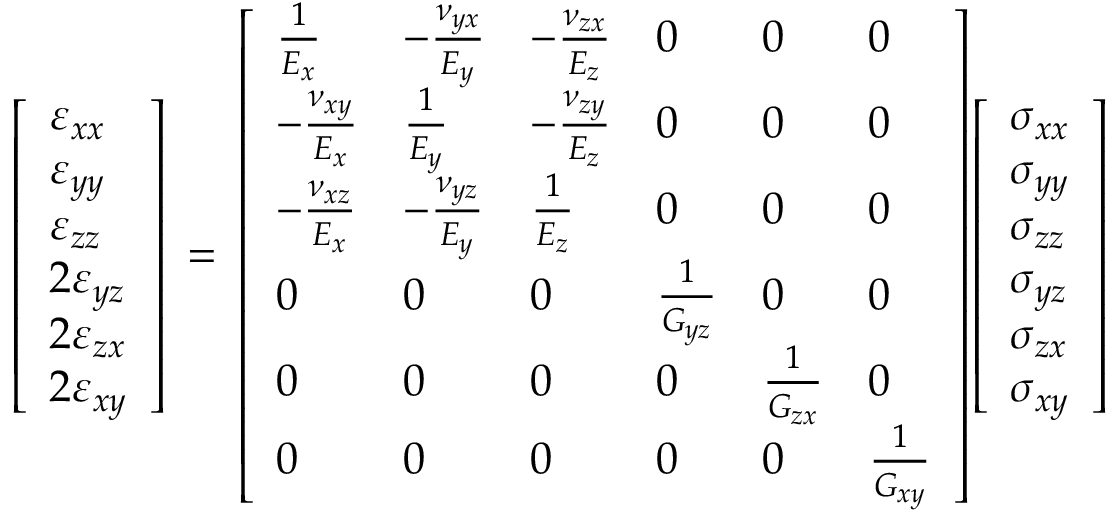
{ \left[ \begin{array} { l } { \varepsilon _ { x x } } \\ { \varepsilon _ { y y } } \\ { \varepsilon _ { z z } } \\ { 2 \varepsilon _ { y z } } \\ { 2 \varepsilon _ { z x } } \\ { 2 \varepsilon _ { x y } } \end{array} \right] } \, = \, { \left[ \begin{array} { l l l l l l } { { \frac { 1 } { E _ { x } } } } & { - { \frac { \nu _ { y x } } { E _ { y } } } } & { - { \frac { \nu _ { z x } } { E _ { z } } } } & { 0 } & { 0 } & { 0 } \\ { - { \frac { \nu _ { x y } } { E _ { x } } } } & { { \frac { 1 } { E _ { y } } } } & { - { \frac { \nu _ { z y } } { E _ { z } } } } & { 0 } & { 0 } & { 0 } \\ { - { \frac { \nu _ { x z } } { E _ { x } } } } & { - { \frac { \nu _ { y z } } { E _ { y } } } } & { { \frac { 1 } { E _ { z } } } } & { 0 } & { 0 } & { 0 } \\ { 0 } & { 0 } & { 0 } & { { \frac { 1 } { G _ { y z } } } } & { 0 } & { 0 } \\ { 0 } & { 0 } & { 0 } & { 0 } & { { \frac { 1 } { G _ { z x } } } } & { 0 } \\ { 0 } & { 0 } & { 0 } & { 0 } & { 0 } & { { \frac { 1 } { G _ { x y } } } } \end{array} \right] } { \left[ \begin{array} { l } { \sigma _ { x x } } \\ { \sigma _ { y y } } \\ { \sigma _ { z z } } \\ { \sigma _ { y z } } \\ { \sigma _ { z x } } \\ { \sigma _ { x y } } \end{array} \right] }